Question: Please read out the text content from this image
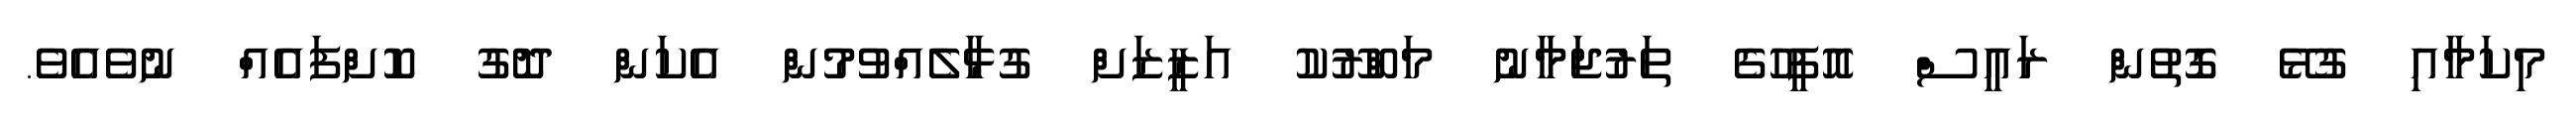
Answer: މިކަމާއި ގުޅޭ ގޮތުން ރައީސް އޮފީހުގެ ތަރުޖަމާނު މަބްރޫކު އަޒީޒަށް ގުޅާލެއްވުމުން އެކަން ދޮގު ކޮށްފައެއް ނުވެއެވެ.